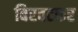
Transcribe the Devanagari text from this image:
बिरवटकर